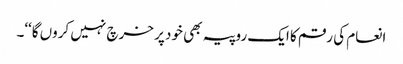
انعام کی رقم کا ایک روپیہ بھی خود پر خرچ نہیں کروں گا‘‘۔